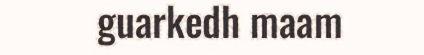
guarkedh maam